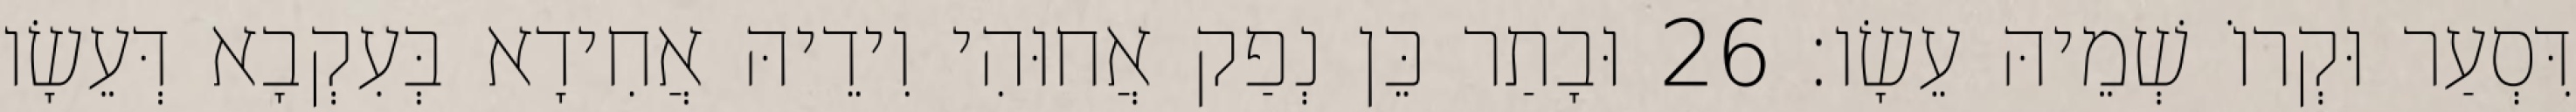
דִּסְעַר וּקְרוֹ שְׁמֵיהּ עֵשָׂו׃ 26 וּבָתַר כֵּן נְפַק אֲחוּהִי וִידֵיהּ אֲחִידָא בְּעִקְבָא דְּעֵשָׂו